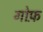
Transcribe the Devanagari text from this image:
गोफ़